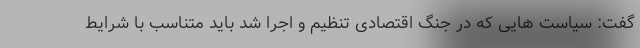
گفت: سیاست هایی که در جنگ اقتصادی تنظیم و اجرا شد باید متناسب با شرایط